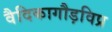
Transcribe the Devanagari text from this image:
वैदिकागौड़विप्र